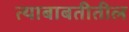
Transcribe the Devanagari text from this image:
त्‍याबाबतीतील